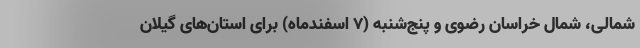
شمالی، شمال خراسان رضوی و پنج‌شنبه (۷ اسفندماه) برای استان‌های گیلان